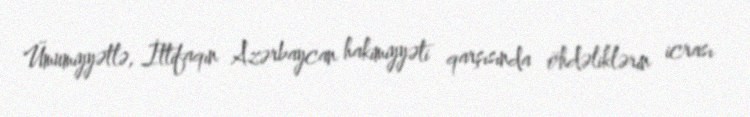
Ümumiyyətlə, İttifaqın Azərbaycan hakimiyyəti qarşısında öhdəliklərin icrası